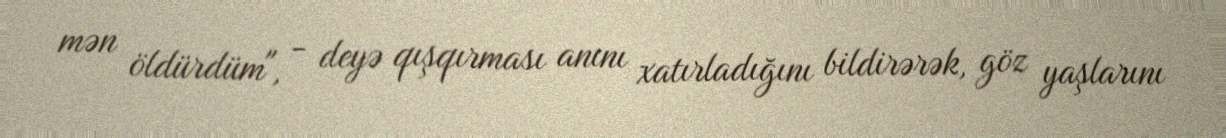
mən öldürdüm", - deyə qışqırması anını xatırladığını bildirərək, göz yaşlarını